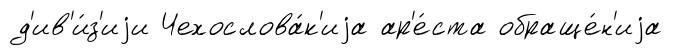
д'ив'и́з'иjи Чехослова́к'иjа ар'е́ста обраще́н'иjа